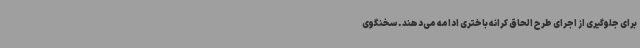
برای جلوگیری از اجرای طرح الحاق کرانه باختری ادامه می‌دهند. سخنگوی